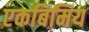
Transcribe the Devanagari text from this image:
एकबिमिय